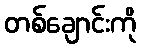
တစ်ချောင်းကို